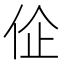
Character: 𬽾